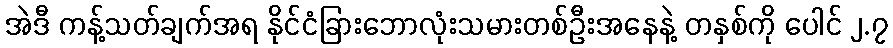
အဲဒီ ကန့်သတ်ချက်အရ နိုင်ငံခြားဘောလုံးသမားတစ်ဦးအနေနဲ့ တနှစ်ကို ပေါင် ၂.၇